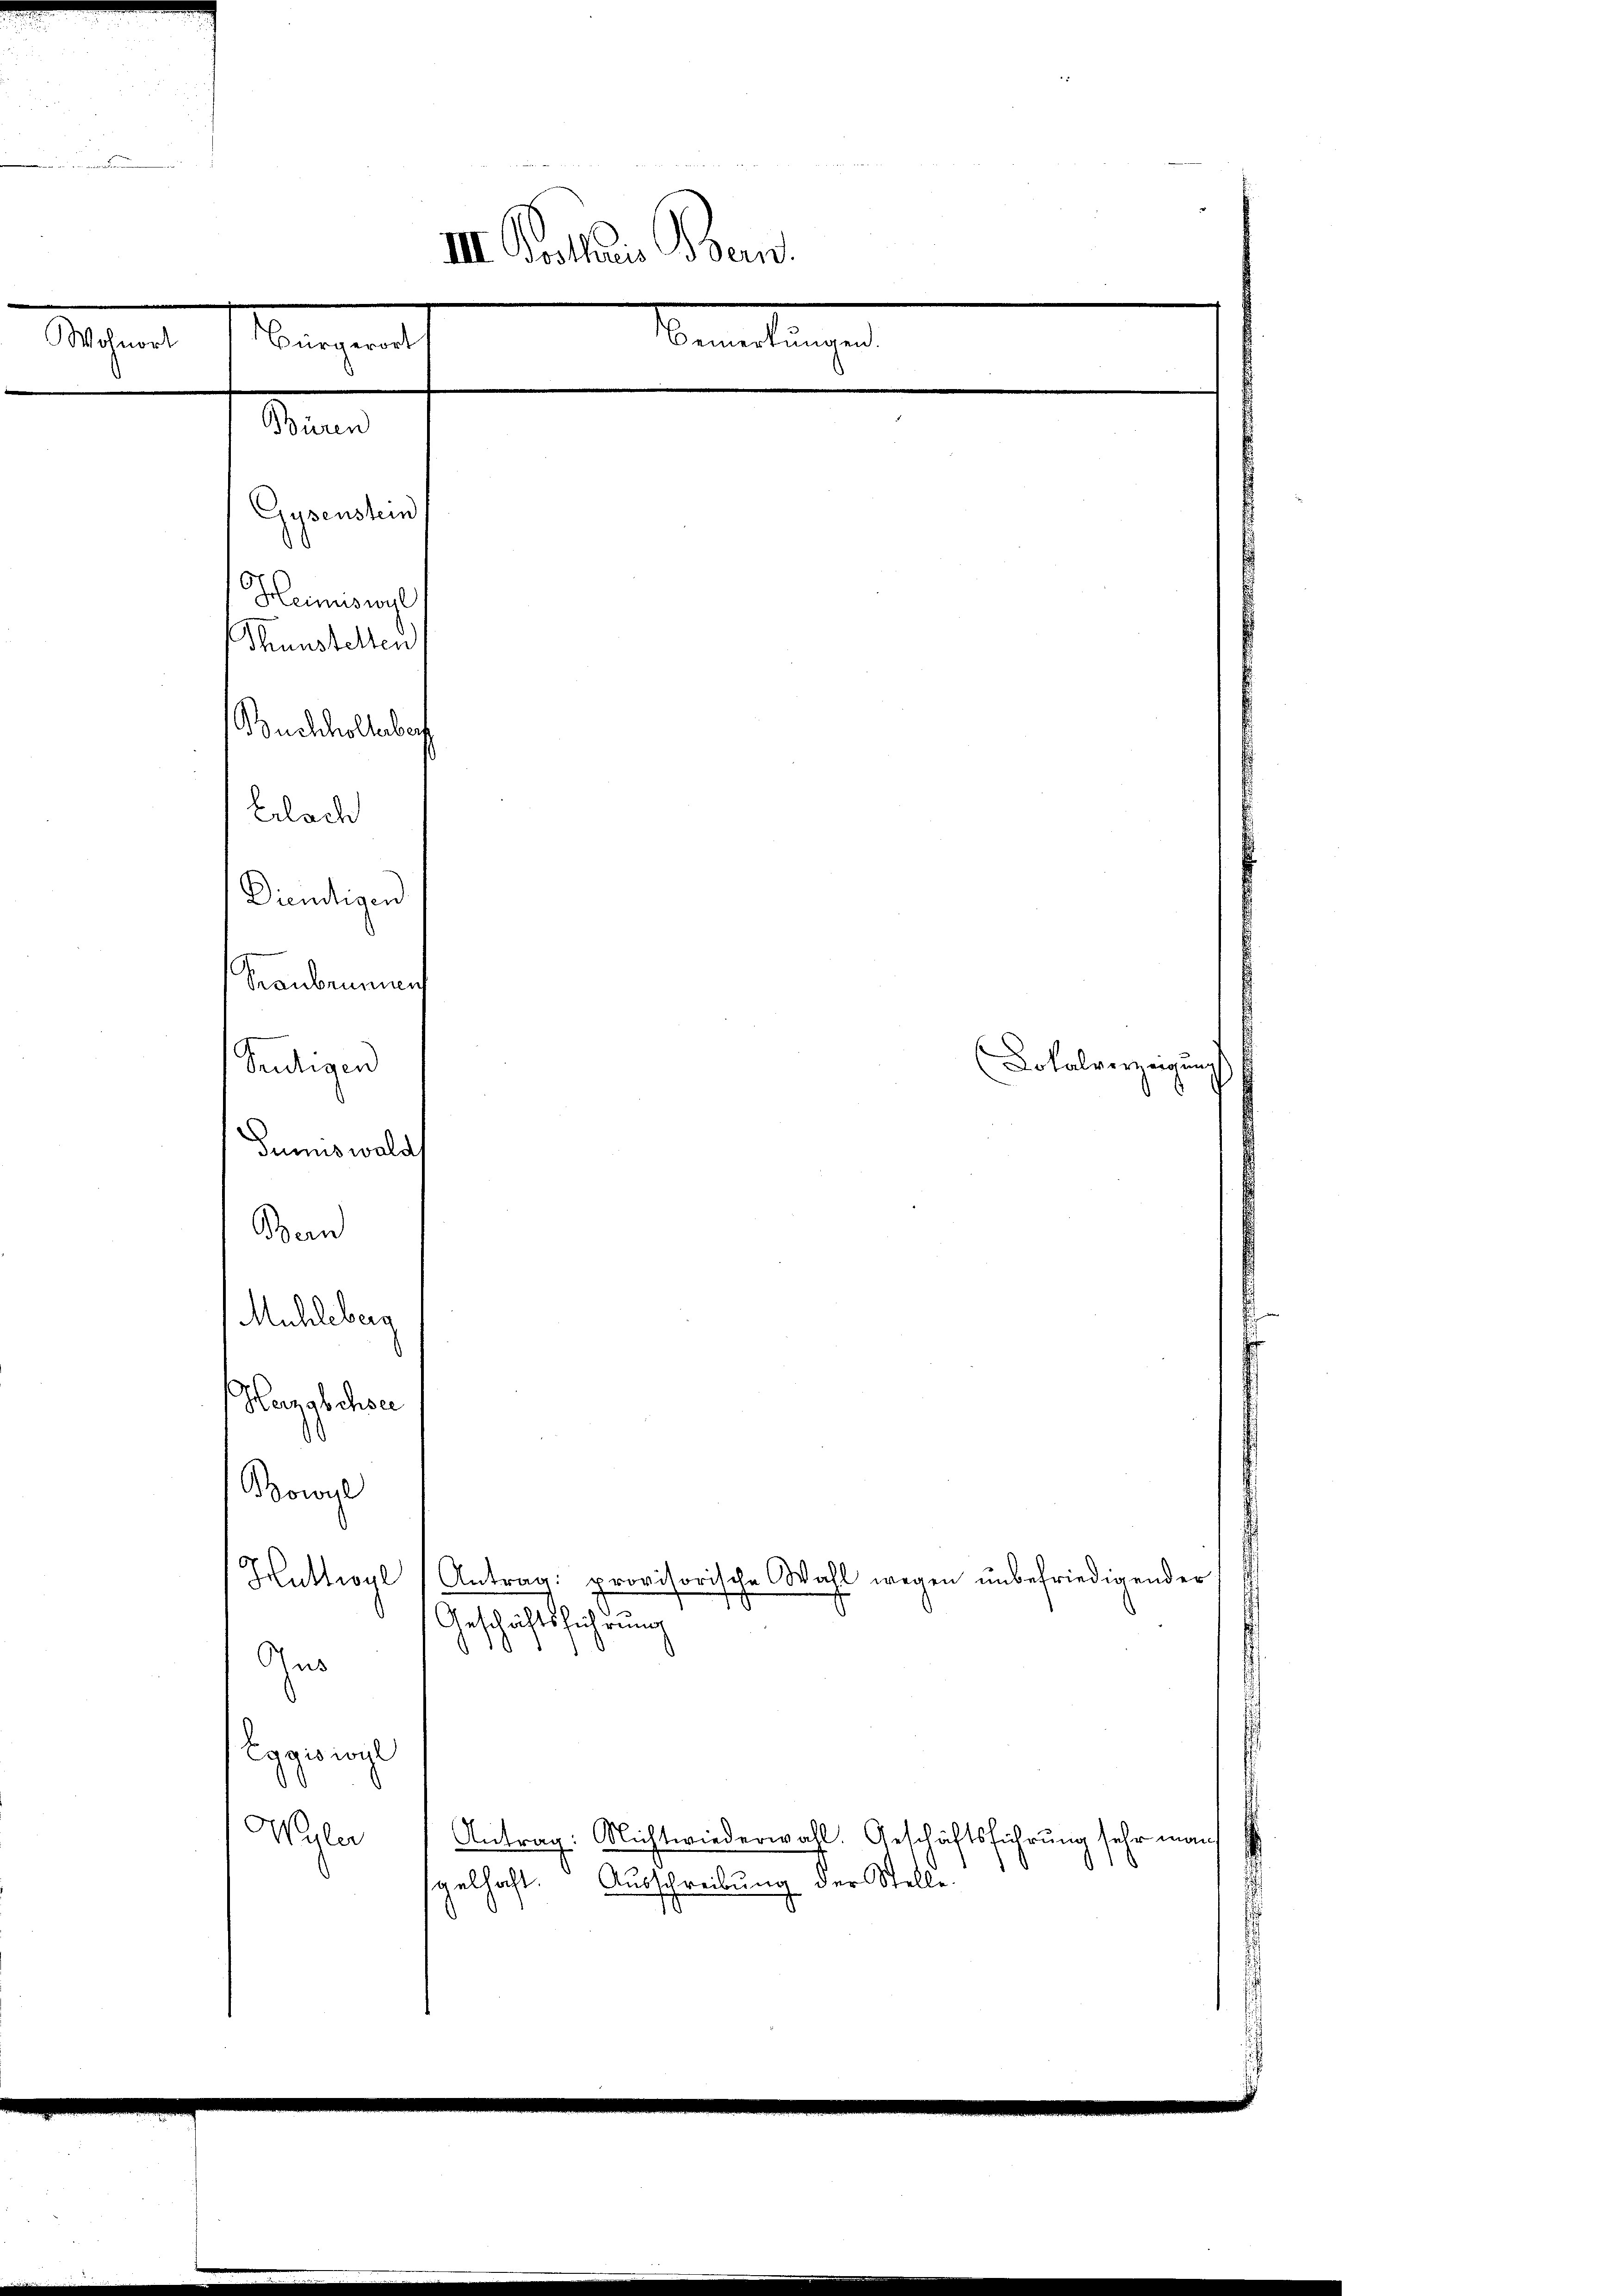
Magen
anigent

Mand
Gysenstein
Heiswyl
Thunstellen
Buchhollaber
Erlach
Diendigen
Graubennen
Seudigen
Junuswald
Bern
Mühleberg
Hezgbchsee
Bowyl

III. Kollaris Bren
Bemerkungen.

Geschriftlicherung

Wattwyl (Antrag: provisorische Wahl wegen ŭnbefriedigender
e
ygienge
Wyler Antrag: Nichtwiederwahl. Geschäftsführung sehr man
gelhaft. Ausschreibung der Stelle

Lotalverzeigung